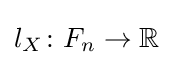
l_{X}\colon F_{n}\to \mathbb {R}